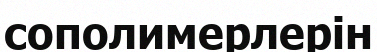
сополимерлерін